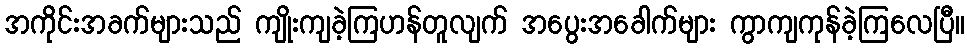
အကိုင်းအခက်များသည် ကျိုးကျခဲ့ကြဟန်တူလျက် အပွေးအခေါက်များ ကွာကျကုန်ခဲ့ကြလေပြီ။